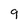
Character: 9